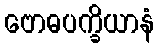
ဗောဓပက္ခိယာနံ